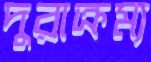
দুরাক্রম্য